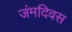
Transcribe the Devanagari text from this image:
जंमदिवस